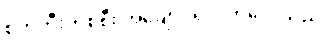
စက်ဘီးတစ်စီး အချောင်ရလိုက်လေသည်။